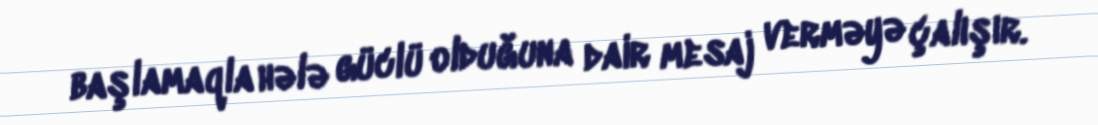
başlamaqla hələ güclü olduğuna dair mesaj verməyə çalışır.